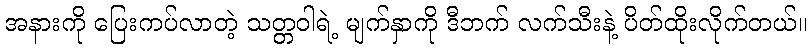
အနားကို ပြေးကပ်လာတဲ့ သတ္တဝါရဲ့ မျက်နှာကို ဒီဘက် လက်သီးနဲ့ ပိတ်ထိုးလိုက်တယ်။